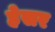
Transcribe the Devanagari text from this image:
हेसर